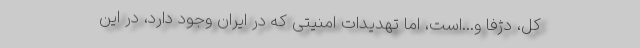
کل، دژفا و...است، اما تهدیدات امنیتی که در ایران وجود دارد، در این